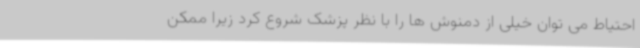
احتیاط می توان خیلی از دمنوش ها را با نظر پزشک شروع کرد زیرا ممکن